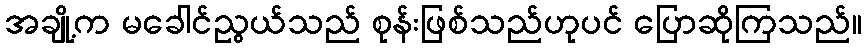
အချို့က မခေါင်ညွယ်သည် စုန်းဖြစ်သည်ဟုပင် ပြောဆိုကြသည်။